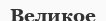
Великое